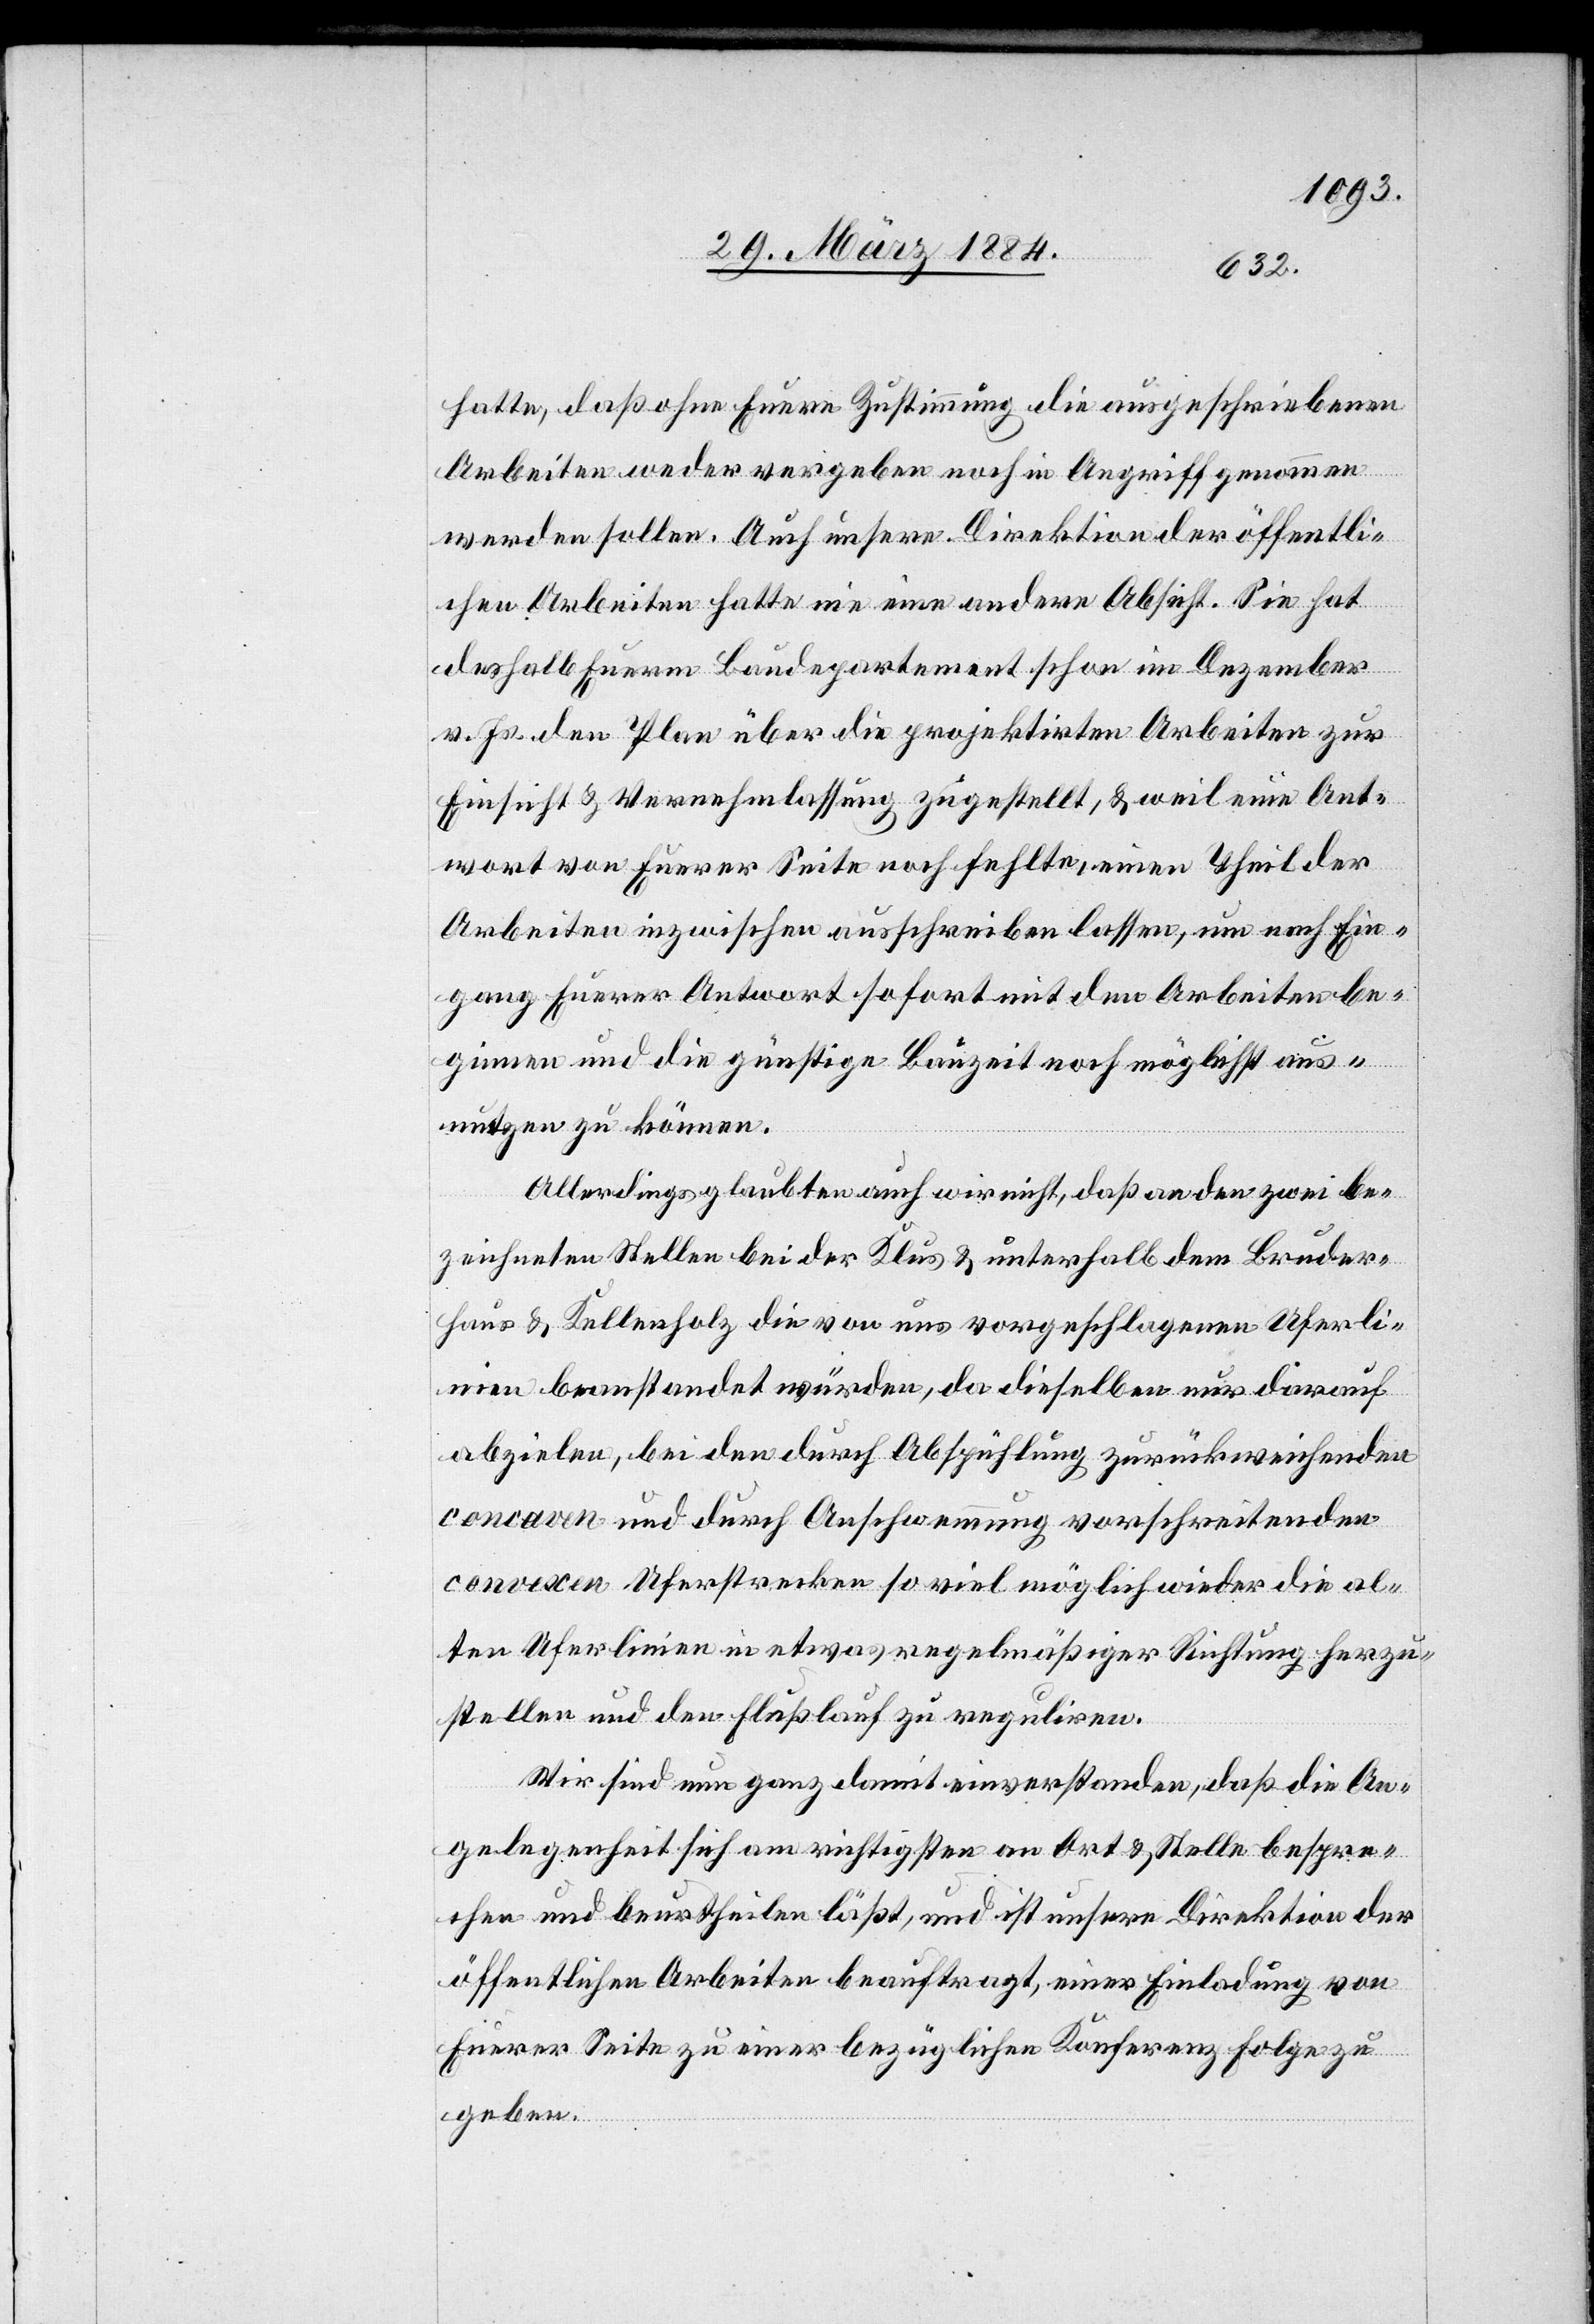
hatte, daß ohne Eurere Zustimmung die ausgeschriebenen
Arbeiten weder vergeben noch in Angriff genommen
werden sollen. Auch unsere Direktion der öffentli¬
chen Arbeiten hatte nie eine andere Absicht. Sie hat
deshalb Euerem Baudepartement schon im Dezember
v. Js. den Plan über die projektirten Arbeiten zur
Einsicht & Vernehmlassung zugestellt, & weil eine Ant¬
wort von Euerer Seite noch fehlte, einen Theil der
Arbeiten inzwischen ausschreiben lassen, um nach Ein¬
gang Euerer Antwort sofort mit den Arbeiten be¬
ginnen und die günstige Bauzeit möglichst aus¬
nutzen zu können.
Allerdings glaubten auch wir nicht, daß an den zwei be¬
zeichneten Stellen bei der Klus & unterhalb dem Bruder¬
haus & Kellerholz die von uns vorgeschlagenen Uferli¬
nien beanstandet würden, da dieselben nur darauf
abzielen, bei den durch Abspühlung zurückweichenden
concaven Uferstrecken so weit möglich wieder die al¬
ten Uferlinien in etwas regelmäßiger Richtung herzu¬
stellen und den Flußlauf zu reguliren.
Wir sind nun ganz damit einverstanden, daß die An¬
gelegenheit sich am richtigsten an Ort & Stelle bespre¬
chen und beurtheilen läßt, und ist unsere Direktion der
öffentlichen Arbeiten beauftragt, einer Einladung von
Eurer Seite zu einer bezüglichen Konferenz Folge zu
geben.